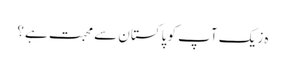
ہ زیک آپ کو پاکستان سے محبت ہے؟